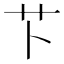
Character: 𫇥